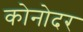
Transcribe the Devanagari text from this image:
कोनोदर